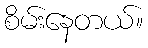
စိမ်းနေတယ်။